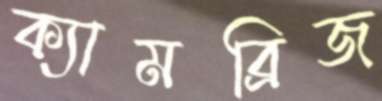
ক্যামব্রিজ